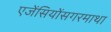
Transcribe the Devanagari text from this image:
एजेंसियोंसगरमाथा